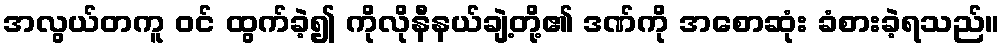
အလွယ်တကူ ဝင် ထွက်ခဲ့၍ ကိုလိုနီနယ်ချဲ့တို့၏ ဒဏ်ကို အစောဆုံး ခံစားခဲ့ရသည်။